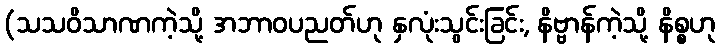
(သသဝိသာဏကဲ့သို့ အဘာဝပညတ်ဟု နှလုံးသွင်းခြင်း, နိဗ္ဗာန်ကဲ့သို့ နိစ္စဟု